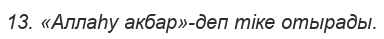
13. «Аллаһу акбар»-деп тіке отырады.